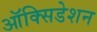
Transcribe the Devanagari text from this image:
ऑक्सिडेशन